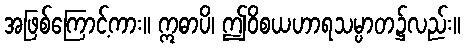
အဖြစ်ကြောင့်ကား။ ဣဓာပိ၊ ဤဝိစယဟာရသမ္ပာတ၌လည်း။